Annual report on the Civil Veterinary Department, Burma (including the Insein Veterinary School) - 1910-1922
Year: 1910
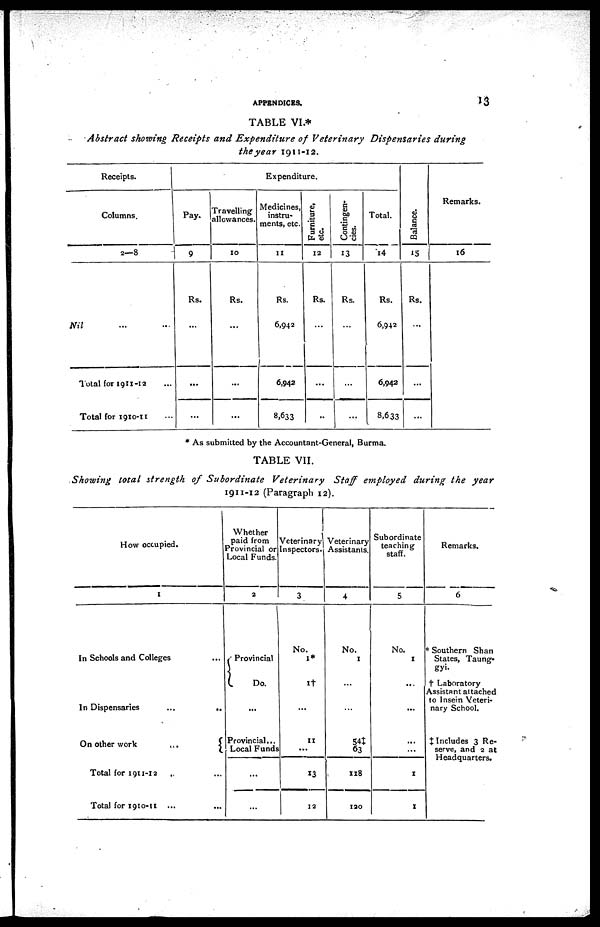
APPENDICES.
13
TABLE VI.*
Abstract showing Receipts and Expenditure of Veterinary
Dispensaries
during
the year 1911-12.
Receipts.
Columns.
2—8
Nil
Total for 1911-12 ...
Total for 1910-11 ...
Pay.
9
Rs.
...
...
...
Travelling
allowances.
10
Rs.
...
...
...
Expenditure.
Medicines,
instru-
ments, etc.
11
Rs.
6,942
6,942
8,633
Furniture,
etc.
12
Rs.
...
...
..
Contingen-
cies.
13
Rs.
...
...
...
Total.
14
Rs.
6,942
6,942
8,633
Balance.
15
Rs.
...
...
...
Remarks.
16
* As submitted by the Accountant-General, Burma.
TABLE VII.
Showing total strength of Subordinate
Veterinary
Staff employed during the year
1911-12 (Paragraph 12).
How occupied.
1
In Schools and Colleges ...
In Dispensaries
...
..
On other work
...
Total for 1911-12 .. ...
Total for 1910-11 ... ...
Whether
paid from
Provincial or
Local Funds.
2
Provincial
Do.
...
Provincial ...
Local Funds
...
...
Veterinary
Inspectors.
3
No.
1*
1†
...
11
13
12
Veterinary
Assistants.
4
No.
1
...
...
54‡
63
118
120
Subordinate
teaching
staff.
5
No.
1
...
...
...
1
1
Remarks.
6
* Southern Shan
States, Taung-
gyi.
† Laboratory
Assistant attached
to Insein Veteri-
nary School.
‡ Includes 3 Re-
serve, and 2 at
Headquarters.